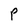
Character: P